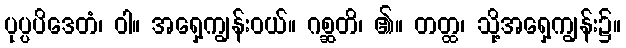
ပုပ္ပပိဒေတံ၊ ဝါ။ အရှေ့ကျွန်းဝယ်။ ဂစ္ဆတိ၊ ၏။ တတ္ထ၊ သို့အရှေ့ကျွန်း၌။